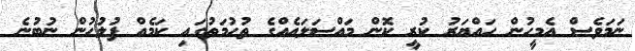
ނަމަވެސް އެމީހުން ހައްޔަރު ކުރީ ކޮން މައްސަލައެއްގެ ތުހުމަތުގައި ކަމެއް ފުލުހުން ނުބުނެ